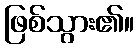
ဖြစ်သွား၏။